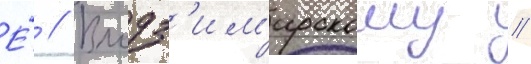
Е́ // Влодз'им'ирскому //